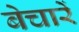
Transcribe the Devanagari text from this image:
बेचारें